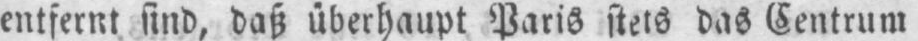
entfernt sind, daß überhaupt Paris stets das Centrum